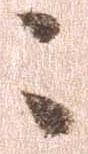
々